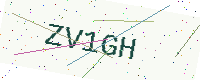
Text: ZV1GH